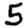
Digit: 5